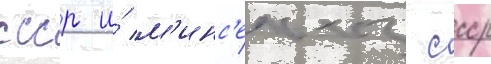
ссср и́ м'инс'ельхоз ссср